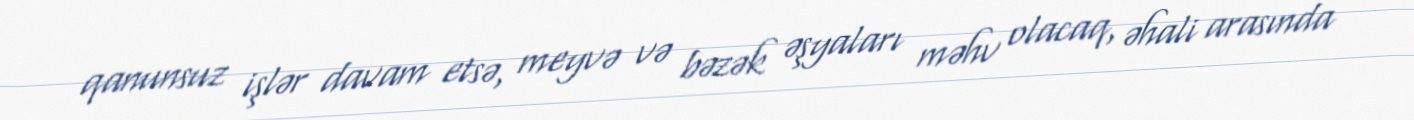
qanunsuz işlər davam etsə, meyvə və bəzək əşyaları məhv olacaq, əhali arasında